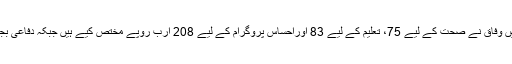
مجموعی طور پر اس سال بجٹ 2020 ء میں وفاق نے صحت کے لیے 75، تعلیم کے لیے 83 اوراحساس پروگرام کے لیے 208 ارب روپے مختص کیے ہیں جبکہ دفاعی بجٹ میں پہلے کی نسبت اصافہ دیکھا گیا ہے۔